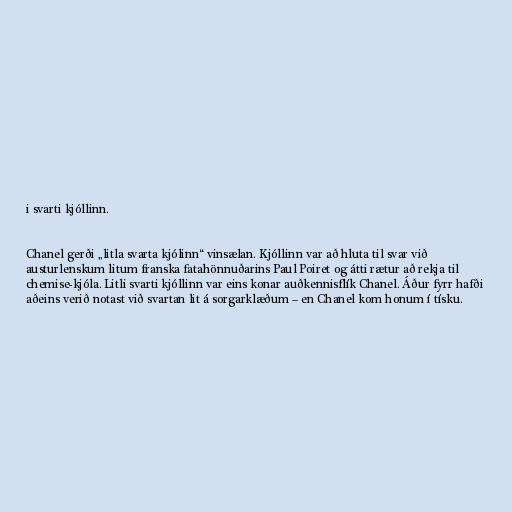
i svarti kjóllinn.

Chanel gerði „litla svarta kjólinn“ vinsælan. Kjóllinn var að hluta til svar við
austurlenskum litum franska fatahönnuðarins Paul Poiret og átti rætur að rekja til
chemise-kjóla. Litli svarti kjóllinn var eins konar auðkennisflík Chanel. Áður fyrr hafði
aðeins verið notast við svartan lit á sorgarklæðum – en Chanel kom honum í tísku.